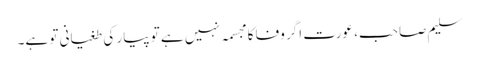
سلیم صاحب، عورت اگر وفا کا مجسمہ نہیں ہے تو پیار کی طغیانی تو ہے۔